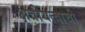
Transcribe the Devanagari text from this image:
क्षत्रीयत्वाची